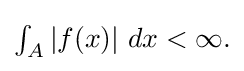
{\textstyle \int _{A}\left|f(x)\right|\,dx<\infty .}